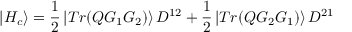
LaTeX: \left| H _ { c } \right\rangle = \frac 1 2 \left| T r ( Q G _ { 1 } G _ { 2 } ) \right\rangle D ^ { 1 2 } + \frac 1 2 \left| T r ( Q G _ { 2 } G _ { 1 } ) \right\rangle D ^ { 2 1 }